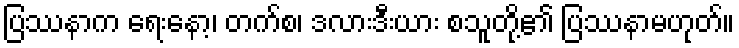
ပြဿနာက ရေးနော့၊ တက်စ၊ ဒလားဒီးယား စသူတို့၏ ပြဿနာမဟုတ်။